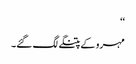
‘‘
مہرو کے پتنگے لگ گئے۔